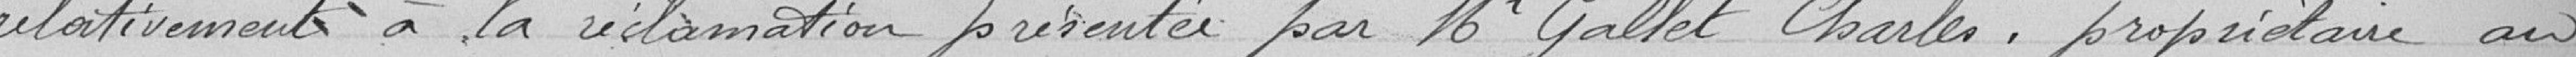
relativement à la réclamation présentée par Monsieur Gallet Charles, propriétaire au